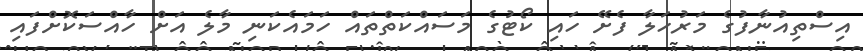
އިސްތިއުނާފުގެ މަރުހަލާ ފެށޭ ހައި ކޯޓުގެ މަސައްކަތްތައް ހަމައެކަނި މާލެ އަށް ހާއްސަކޮށްފައި